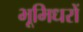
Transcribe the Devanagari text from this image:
भूमिधरों